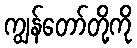
ကျွန်တော်တို့ကို